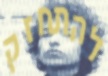
להתחזק